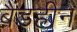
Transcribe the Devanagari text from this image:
बैंडहीन